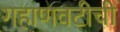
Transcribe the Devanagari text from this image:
गहाणवटीची